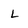
Character: L